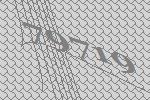
79719